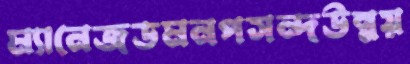
ম্যানেজডমনপসন্দউন্নয়